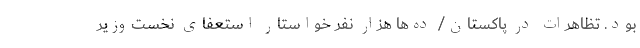
بود. تظاهرات در پاکستان/ ده‌ها هزار نفر خواستار استعفای نخست‌وزیر